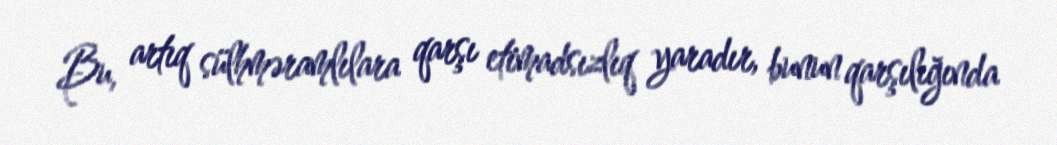
Bu, artıq sülhməramlılara qarşı etimadsızlıq yaradır, bunun qarşılığında